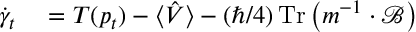
\begin{array} { r l } { \dot { \gamma } _ { t } } & { { } = T ( p _ { t } ) - \langle \hat { V } \rangle - ( \hbar / 4 ) \operatorname { T r } \left( m ^ { - 1 } \cdot \mathcal { B } \right) } \end{array}